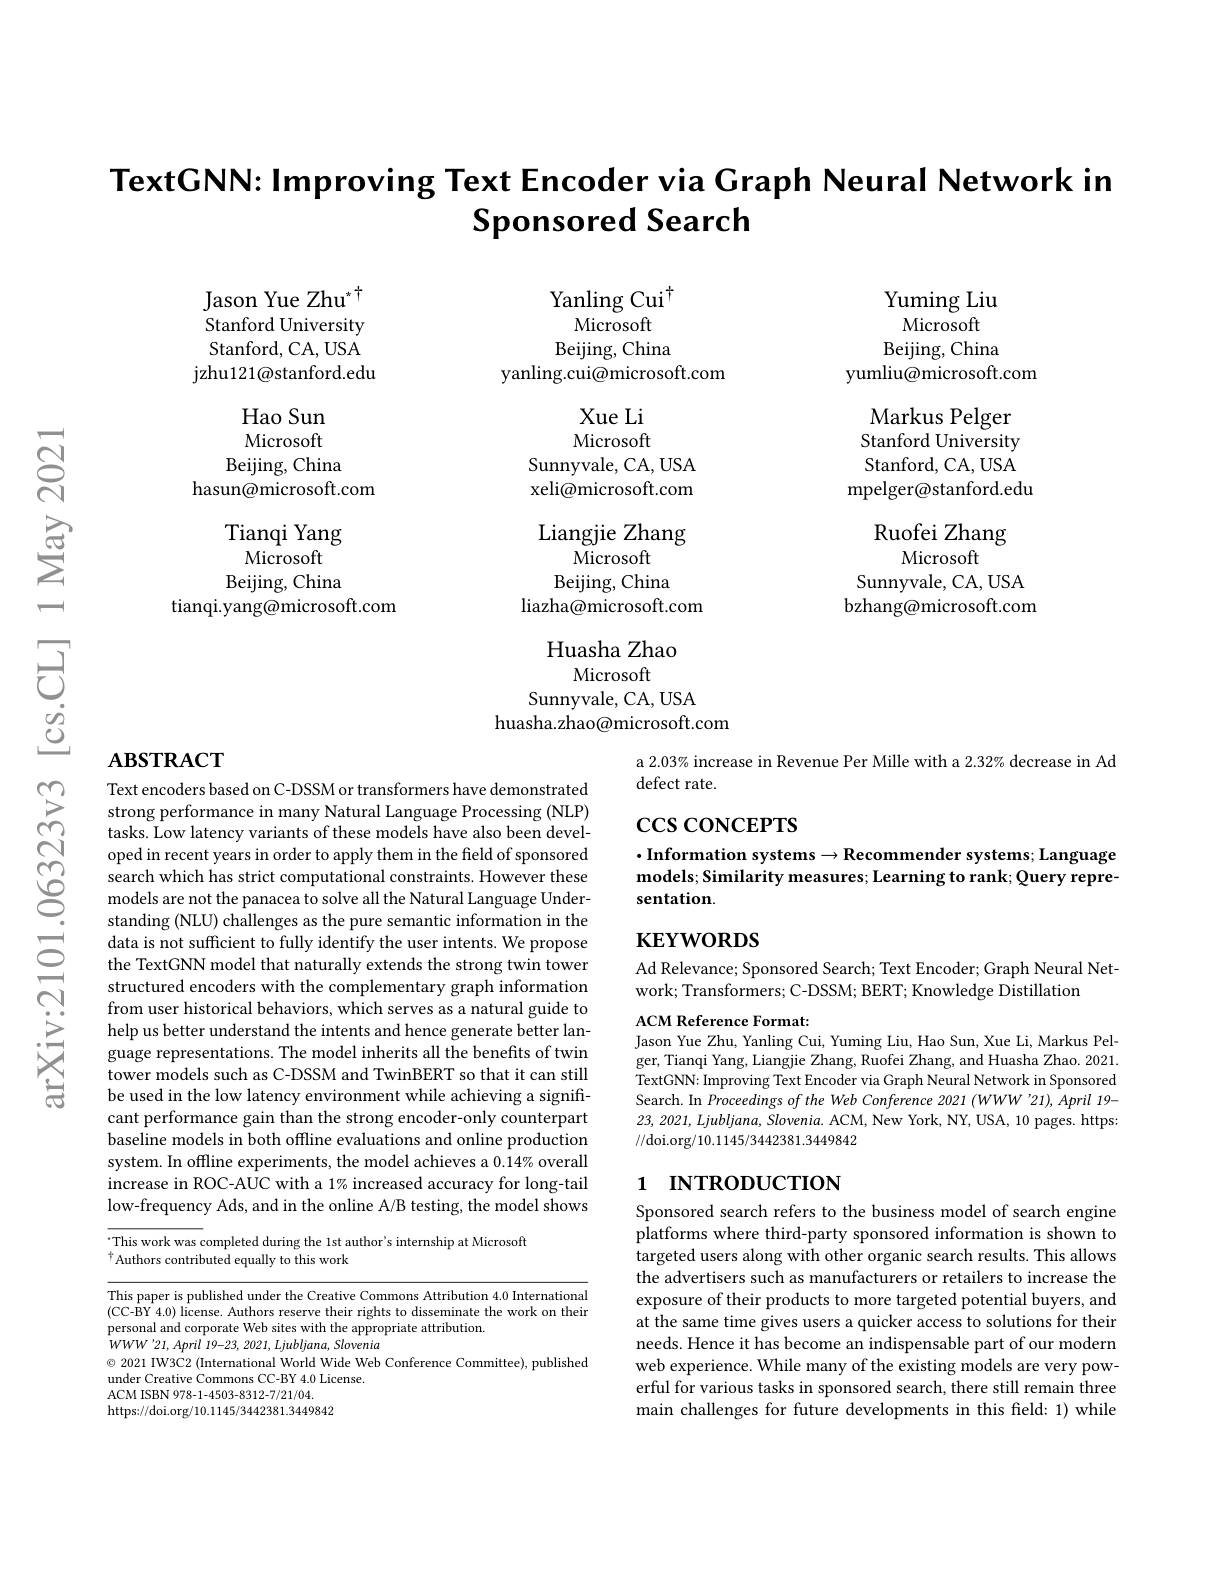
TextCNN: Improving Text Encoder via Graph Neural Network in
# $\textbf{Sponsored Search}$

Jason Yue Zhu$^{*}$ Stanford University Stanford, CA, USA jzhu121@stanford.edu

Hao Sun Microsoft
Beijing, China
hasun@microsoft.com
Tianqi Yang
Microsoft
Beijing, China
tianqi.yang@microsoft.com

Yanling Cui$^{\dagger}$
Microsoft
Beijing, China
yanling.cui@microsoft.com

Xue Li

Microsoft

Sunnyvale, CA, USA

xeli@microsoft.com

Liangjie Zhang

Microsoft

Beijing, China

liazha@microsoft.com

Huasha Zhao
Microsoft
Sunnyvale, CA, USA
huasha.zhao@microsoft.com

Yuming Liu Microsoft Beijing, China
yumliu@microsoft.com
Markus Pelger Stanford University Stanford, CA, USA
mpelger@stanford.edu
Ruofei Zhang
Microsoft
Sunnyvale, CA, USA bzhang@microsoft.com

## $\mathbf{ABSTRACT}$

Text encoders based on C-DSSM or transformers have demonstrated strong performance in many Natural Language Processing (NLP) tasks. Low latency variants of these models have also been developed in recent years in order to apply them in the field of sponsored search which has strict computational constraints. However these models are not the panacea to solve all the Natural Language Understanding (NLU) challenges as the pure semantic information in the data is not sufficient to fully identify the user intents. We propose the TextGNN model that naturally extends the strong twin tower structured encoders with the complementary graph information from user historical behaviors, which serves as a natural guide to help us better understand the intents and hence generate better language representations. The model inherits all the benefits of twin tower models such as C-DSSM and TwinBERT so that it can still be used in the low latency environment while achieving a significant performance gain than the strong encoder-only counterpart baseline models in both offline evaluations and online production system. In offline experiments, the model achieves a $0.14\%$ overall increase in ROC-AUC with a 1% increased accuracy for long-tail low-frequency Ads, and in the online A/B testing, the model shows

$^{\cdot}$This work was completed during the 1st author's internship at Microsoft
t Authors contributed equally to this work

This paper is published under the Creative Commons Attribution 4.0 International (CC-BY 4.0) license. Authors reserve their rights to disseminate the work on their personal and corporate Web sites with the appropriate attribution.
$WWW'21,April$ 19-23, 2021, Ljubljana, Slovenia
$\odot$ 2021 IW3C2 (International World Wide Web Conference Committee), published
under Creative Commons CC-BY 4.0 License.
ACM ISBN 978-1-4503-8312-7/21/04.
https://doi.org/10.1145/3442381.3449842

a 2.03% increase in Revenue Per Mille with a 2.32% decrease in Ad
defect rate.

## $\csc\cos$coNCEPTS

$\cdot$Information systems$\to$Recommender systems; Language models; Similarity measures; Learning to rank; Query representation.

## $\mathbf{KEYWORDS}$

Ad Relevance; Sponsored Search; Text Encoder; Graph Neural Net-
work; Transformers; C-DSSM; BERT; Knowledge Distillation
ACM Reference Format:

Jason Yue Zhu, Yanling Cui, Yuming Liu, Hao Sun, Xue Li, Markus Pelger, Tianqi Yang, Liangjie Zhang, Ruofei Zhang, and Huasha Zhao. 2021. TextGNN: Improving Text Encoder via Graph Neural Network in Sponsored Search. In Proceedings of the Web Conference 2021 (WWW'21), April 19- $23,2021,Ljubljana,Slovenia.$ ACM, New York, NY, USA, 10 pages. https: //doi.org/10.1145/3442381.3449842

## 1 INTRODUCTION

Sponsored search refers to the business model of search engine platforms where third-party sponsored information is shown to targeted users along with other organic search results. This allows the advertisers such as manufacturers or retailers to increase the exposure of their products to more targeted potential buyers, and at the same time gives users a quicker access to solutions for their needs. Hence it has become an indispensable part of our modern web experience. While many of the existing models are very powerful for various tasks in sponsored search, there still remain three main challenges for future developments in this feld: 1) while